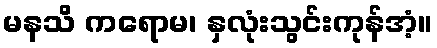
မနသိ ကရောမ၊ နှလုံးသွင်းကုန်အံ့။